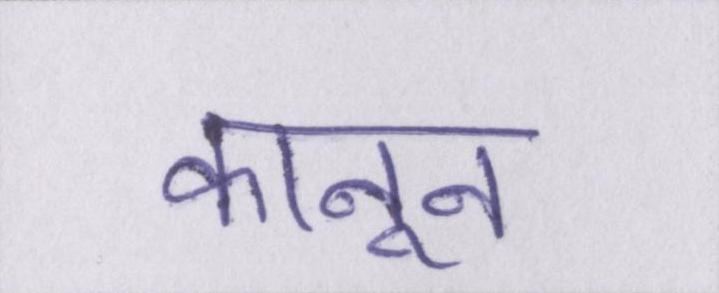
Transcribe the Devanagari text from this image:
कानून